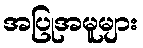
အပြုအမူများ